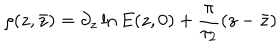
\rho ( z , \bar { z } ) = \partial _ { z } \ln { E ( z , 0 ) } + \frac { \pi } { \tau _ { 2 } } ( z - \bar { z } )